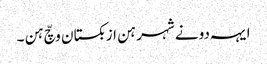
ایہہ دونے شہر ہن ازبکستان وچّ ہن ۔